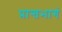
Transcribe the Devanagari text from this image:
प्रान्तभागं